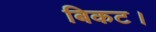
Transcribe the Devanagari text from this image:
बिकट।